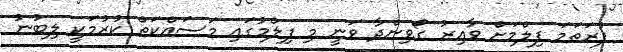
ފުރަތަމަ ފިލްމަށް ވާއިރު ގޯވިންދާ ވަނީ މި ފިލްމުގައި މަސައްކަތް ކުރުމަކީ ލިބުނު